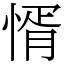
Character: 㥠